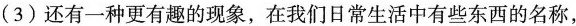
(3)还有一种更有趣的现象，在我们日常生活中有些东西的名称，